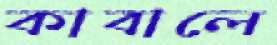
কাবালে